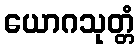
ယောဂသုတ္တံ